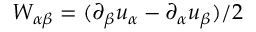
W _ { \alpha \beta } = ( \partial _ { \beta } u _ { \alpha } - \partial _ { \alpha } u _ { \beta } ) / 2